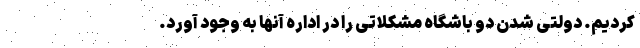
کردیم. دولتی شدن دو باشگاه مشکلاتی را در اداره آنها به وجود آورد.